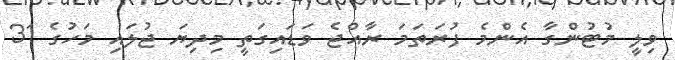
ވިލީ މުޓުންގާ އެންމެ ފުރަތަމަ ރާއްޖެ ވަޑައިގަތީ މިދިޔަ ޖުލައި މަހުގެ 31